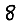
Digit: 8